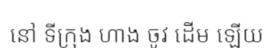
នៅ ទីក្រុង ហាង ចូវ ដើម ឡើយ